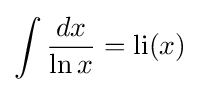
\int {\frac {dx}{\ln x}}=\operatorname {li} (x)